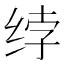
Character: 𰬘